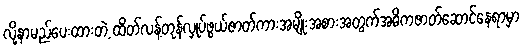
လို့နာမည်ပေးထားတဲ့ ထိတ်လန့်တုန်လှုပ်ဖွယ်ဇာတ်ကားအမျိုးအစားအတွက်အဓိကဇာတ်ဆောင်နေရာမှာ